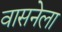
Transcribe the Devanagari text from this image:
वासनेला